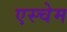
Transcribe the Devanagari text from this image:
एस्चेम